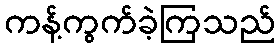
ကန့်ကွက်ခဲ့ကြသည်